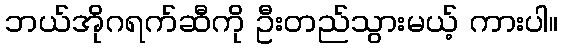
ဘယ်အိုဂရက်ဆီကို ဦးတည်သွားမယ့် ကားပါ။